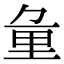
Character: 𨤣